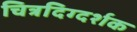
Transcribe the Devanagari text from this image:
चित्रदिग्दर्शक